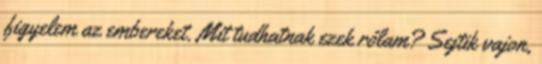
figyelem az embereket. Mit tudhatnak ezek rólam? Sejtik vajon,